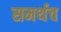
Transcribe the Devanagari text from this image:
समर्थच